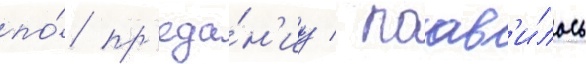
по́ пр'еда́н'иу / поав'и́лось